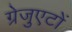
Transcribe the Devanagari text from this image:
ग्रेजुएटों